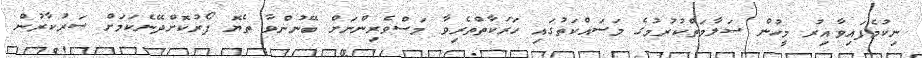
ނިކުމެފައިވާއިރު މީހުން ސަލާމަތްކުރުމުގެ މަސައްކަތުގައި ހަރަކާތްތެރިވާ މަސްވެރިންނަށް ބޭނުންވާ ތެޔޮ ފޯރުކޮށްދޭނެކަމަށް ސަރުކާރުން